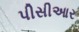
પીસીઆર